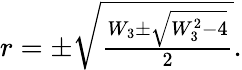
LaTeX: \begin{array}{r}{r=\pm\sqrt{\frac{W_{3}\pm\sqrt{W_{3}^{2}-4}}{2}}.}\end{array}